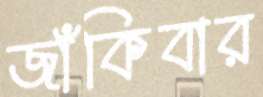
জাঁকিবার